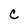
Character: c